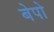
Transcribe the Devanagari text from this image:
बेपो